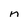
Character: n